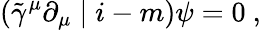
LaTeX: (\tilde{\gamma}^{\mu}\partial_{\mu}\mid i-m)\psi=0~,